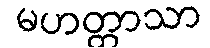
မဟတ္တာသာ